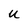
Character: u